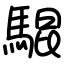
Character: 騉